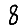
Digit: 8